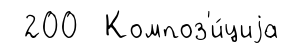
200 Композ'и́циjа